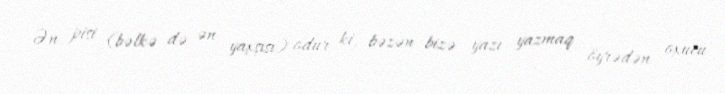
Ən pisi (bəlkə də ən yaxşısı) odur ki, bəzən bizə yazı yazmaq öyrədən oxucu